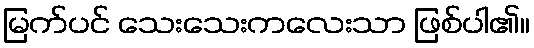
မြက်ပင် သေးသေးကလေးသာ ဖြစ်ပါ၏။